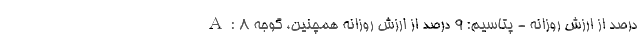
A: 8 درصد از ارزش روزانه - پتاسیم: 9 درصد از ارزش روزانه همچنین، گوجه